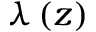
\lambda \left( z \right)